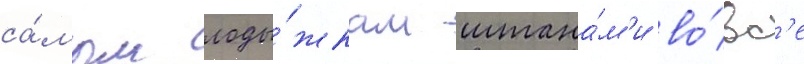
са́мым лоды́жкам штана́м'и во́вс'е